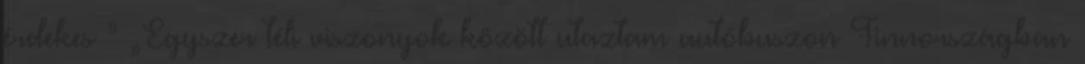
érdekes ” „Egyszer téli viszonyok között utaztam autóbuszon Finnországban